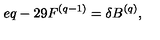
e q - 2 9 F ^ { ( q - 1 ) } = \delta B ^ { ( q ) } ,